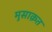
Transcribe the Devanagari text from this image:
मुसाक़त